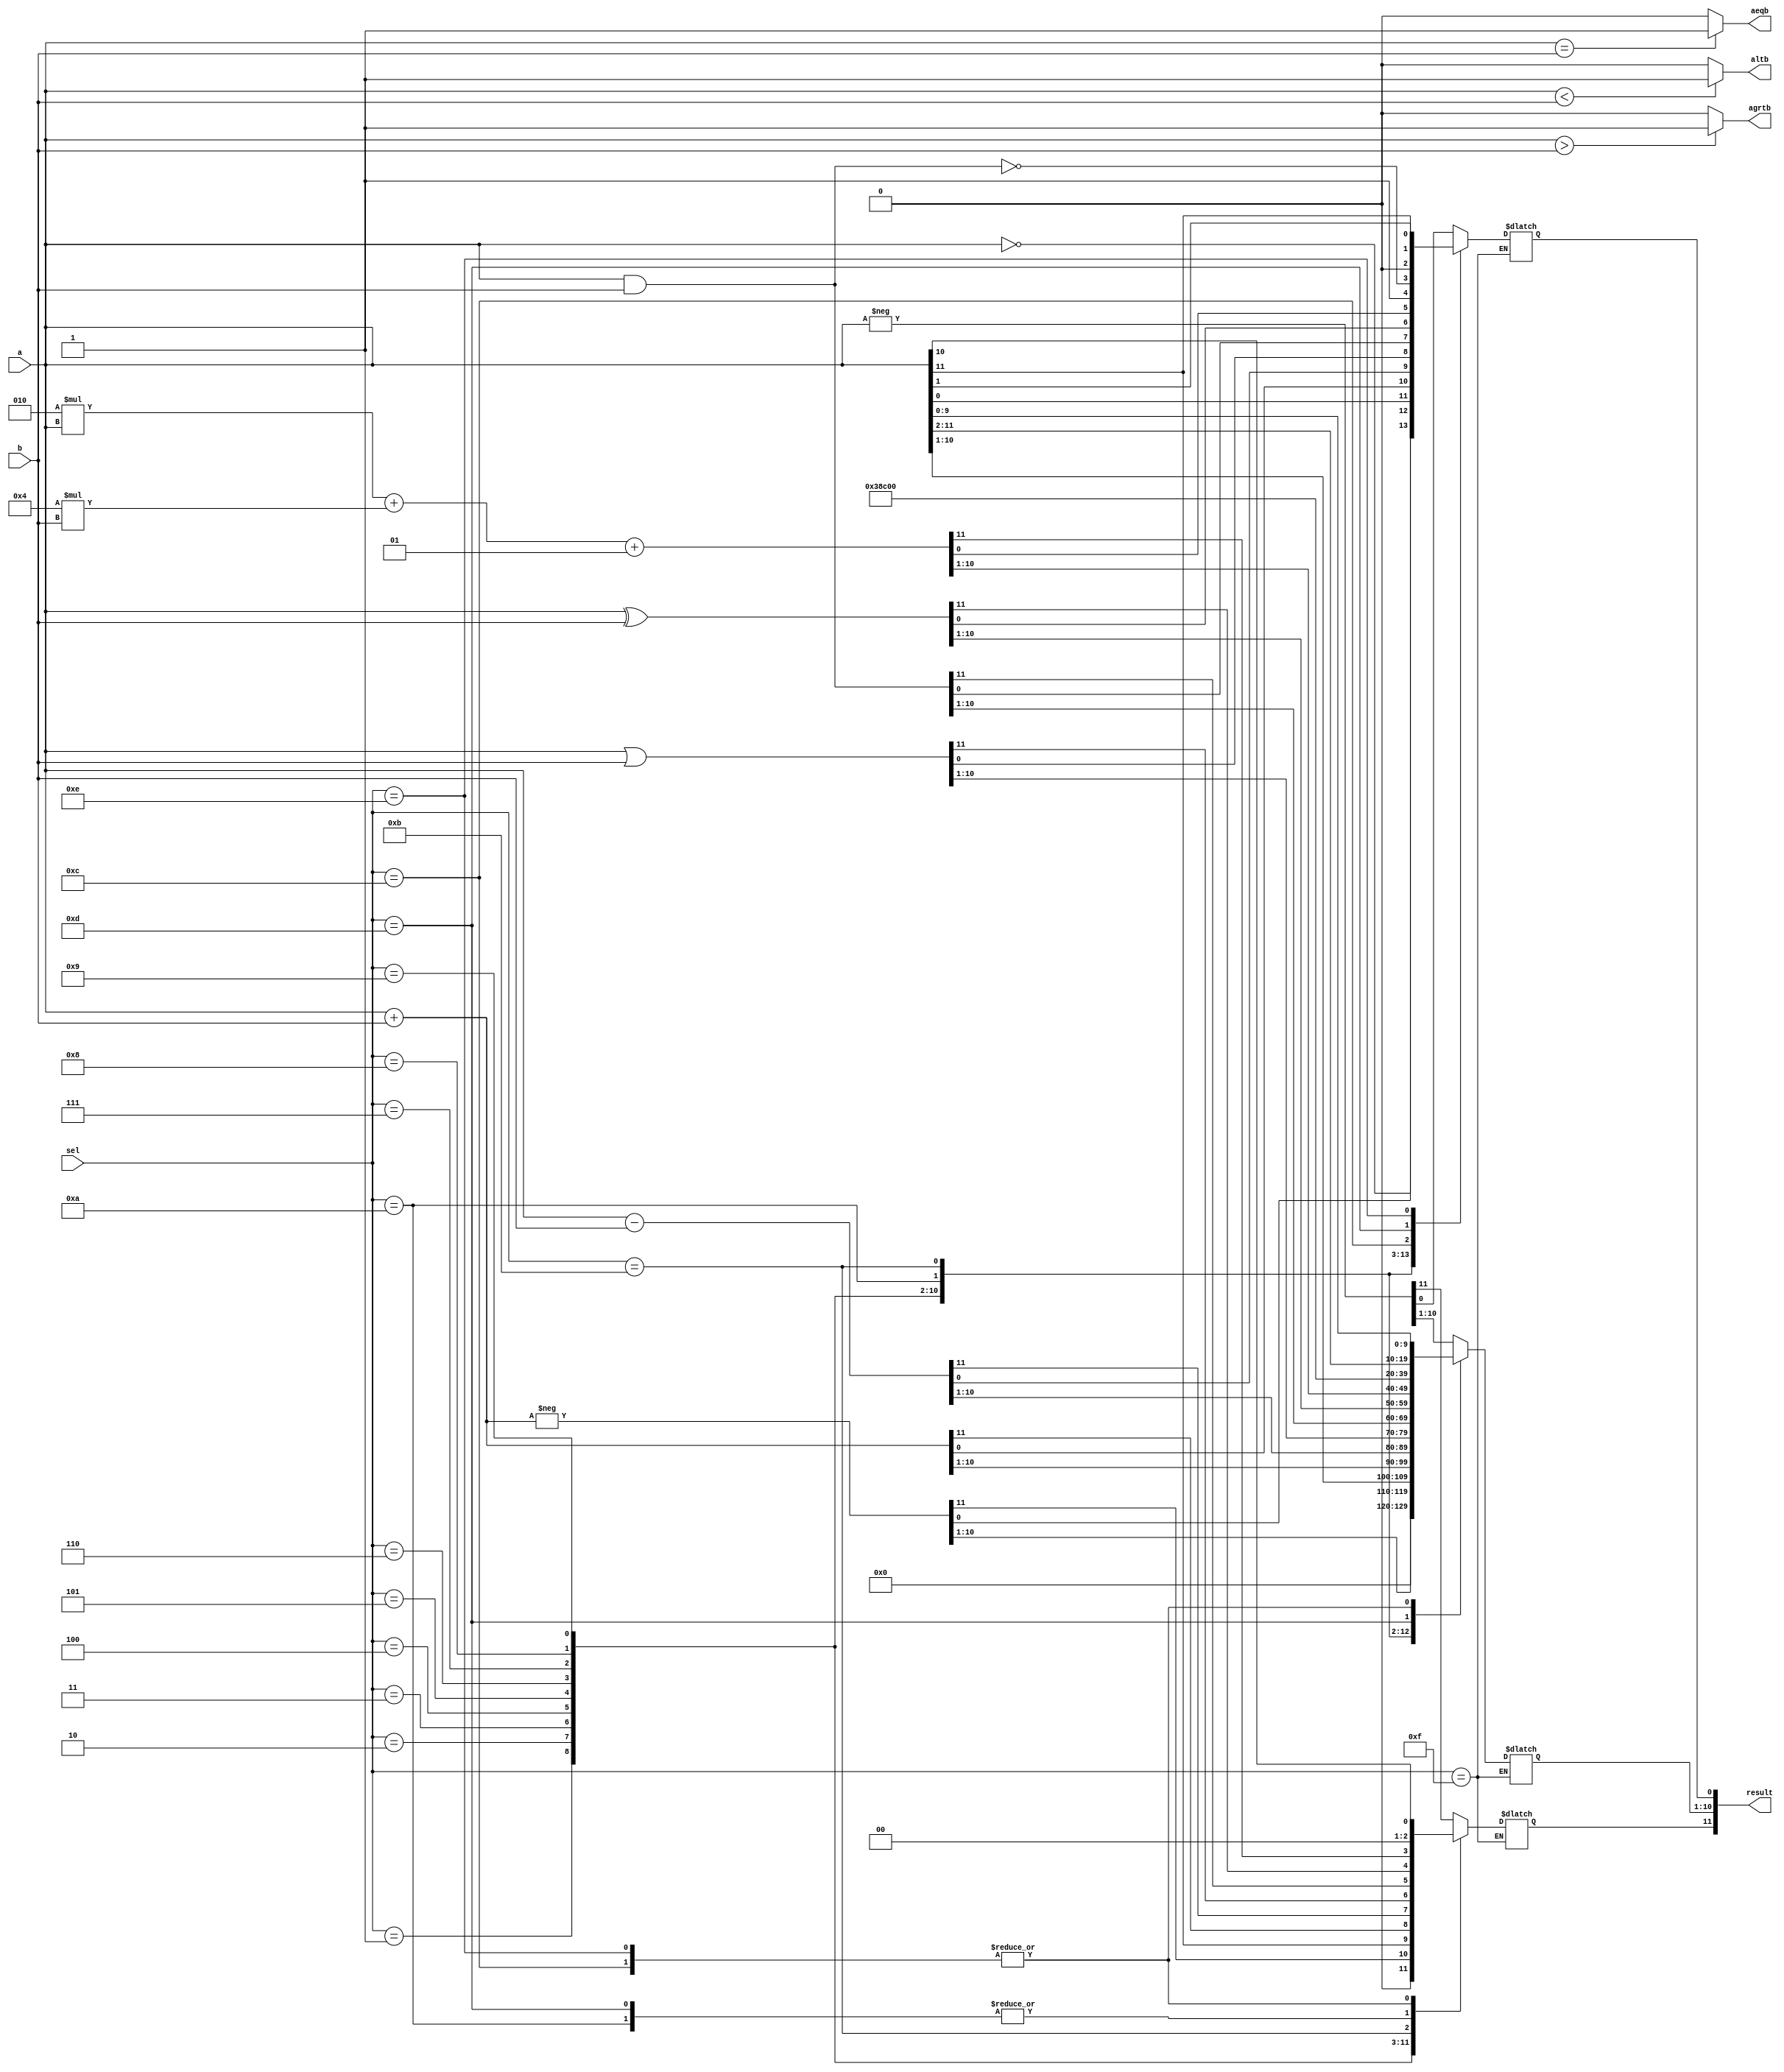
module alu_a5(a,b,sel,agrtb,altb,aeqb,result);
input signed[11:0] a;
input signed[11:0] b;
input [3:0] sel;
output agrtb,altb,aeqb;
output [11:0] result;
reg [11:0] result;
reg agrtb; reg altb; reg aeqb;

always @ (a or b or sel ) begin
	case (sel)
		4'b0000 : result = -a ;
		4'b0001 : result = !a; // not a
		4'b0010 : result = -(a+b);
		4'b0011 : result = a;
		4'b0100 : result = (a+b);
		4'b0101 : result = (a-b);
		4'b0110 : result = a | b; // a OR b
		4'b0111 : result = a&b; // a AND b
		4'b1000 : result = a^b; // a xor b
		4'b1001 : result =(2*a)+(4*b)+1;
		4'b1010 : result = 111111111111; // in hex= 48
		4'b1011 : result = !(a&b);
		4'b1100 : begin result[11:1] <= a[10:0]; result [0] <= 0; end // LEFT ARITHMETIC SHIFT
		4'b1101 : begin result[10:0] <= a[11:1]; result [11] <= 0; end // RIGHT ARITHMETIC SHIFT
		4'b1110 : begin result[11:1] <= a[10:0]; result [0] <= a[11]; end // LEFT CIRCULAR SHIFT
		4'b1111 : result = result; // no-op :condition signals are left unchanged from previous operation
		default : result= 0;
	endcase
	
	if (a > b)
		agrtb= 1;
	else   agrtb=0;
	if(a < b)
		 altb = 1;
	else  altb = 0;
	if (a == b)
		  aeqb= 1;
	else  aeqb = 0;
end
endmodule